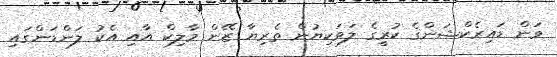
ވަން ޑައިރެކްޝަންގެ ކުރީގެ ލަވަކިޔުން ތެރިޔާ ޒޭން މާލިކް އާއި އެކު ލަންޑަންގައި